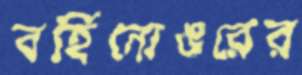
বর্হিনোঙরের